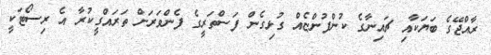
ރާއްޖޭގެ ބަޔަކާއި ޗައިނާގެ ކުންފުންޏެއް ގުޅިގެން ފަސްތަރީގެ ފެންވަރަށް ތަރައްގީކުރާ އެ ރިސޯޓަކީ